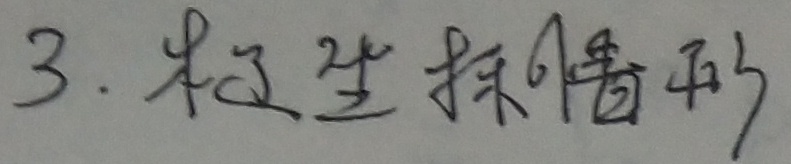
3. 派生抒情形